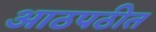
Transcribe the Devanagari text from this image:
आठपठीत